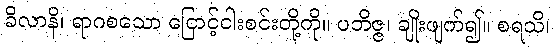
ခိလာနိ၊ ရာဂစသော ငြောင့်ငါးစင်းတို့ကို။ ပဘိဇ္ဇ၊ ချိုးဖျက်၍။ စရသိ၊